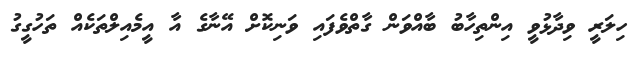
ހިލަރީ ވިދާޅުވީ އިންތިހާބު ބާއްވަން ގާތްވެފައި ވަނިކޮށް އޭނާގެ އާ އީމެއިލްތަކެއް ތަހުގީގު